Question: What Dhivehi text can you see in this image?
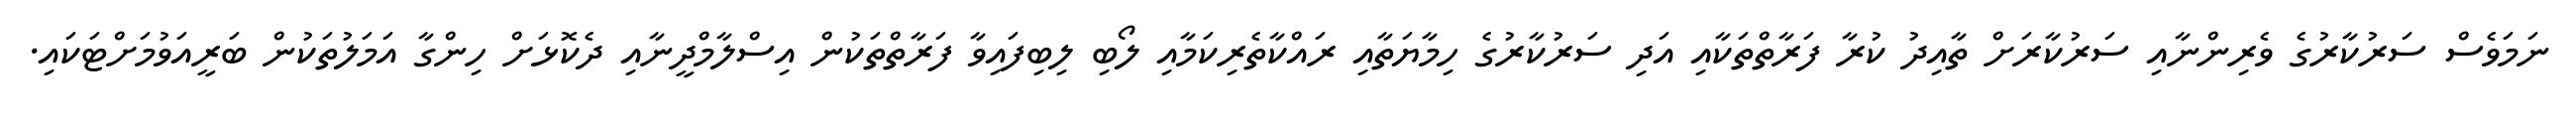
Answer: ނަމަވެސް ސަރުކާރުގެ ވެރިންނާއި ސަރުކާރަށް ތާއިދު ކުރާ ފަރާތްތަކާއި އަދި ސަރުކާރުގެ ހިމާޔަތާއި ރައްކާތެރިކަމާއި ލޯބި ލިބިފައިވާ ފަރާތްތަކުން އިސްލާމްދީނާއި ދެކޮޅަށް ހިންގާ އަމަލުތަކުން ބަރީއަވުމަށްޓަކައި.